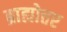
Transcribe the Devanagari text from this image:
ब्राह्मोत्तर